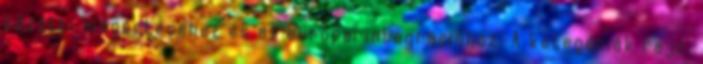
közötti megértéséhez és az európai integrációhoz. A kategóriák rajz,